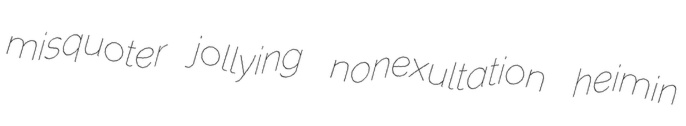
misquoter jollying nonexultation heimin